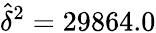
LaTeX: \widehat{\delta}^{2}=29864.0